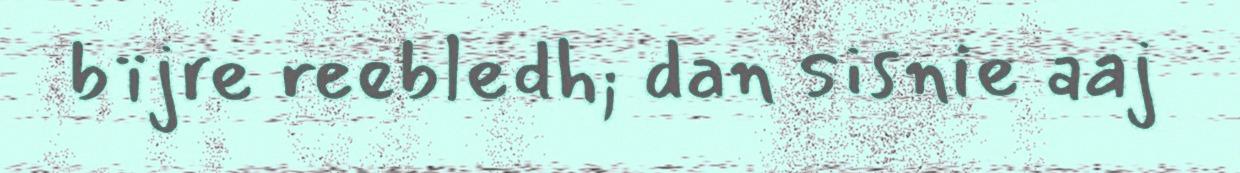
bïjre reebledh; dan sisnie aaj